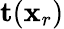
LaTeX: \mathbf{t}(\mathbf{x}_{r})